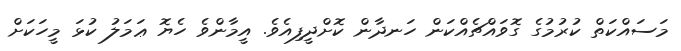
މަސައްކަތް ކުރުމުގެ ގޮވައްޗެއްކަން ހަނދާން ކޮށްދީފިއެވެ. އީމާންވެ ހެޔޮ ޢަމަލު ކުޅަ މީހަކަށް